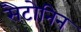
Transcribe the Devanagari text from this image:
सैटोनिन